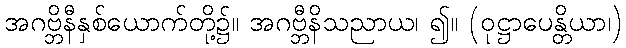
အဂဗ္ဘိနီနှစ်ယောက်တို့၌။ အဂဗ္ဘီနိသညာယ၊ ၍။ (ဝုဋ္ဌာပေန္တိယာ၊)